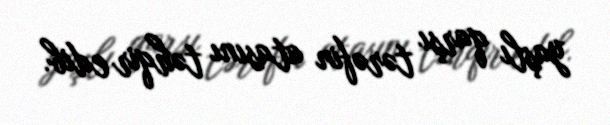
yaşlı qarşı tərəfin atasını təhqir edib.